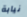
نيابة